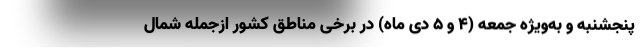
پنجشنبه و به‌ویژه جمعه (۴ و ۵ دی ماه) در برخی مناطق کشور ازجمله شمال